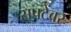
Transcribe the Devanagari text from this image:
सपटेंबर